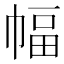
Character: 幅